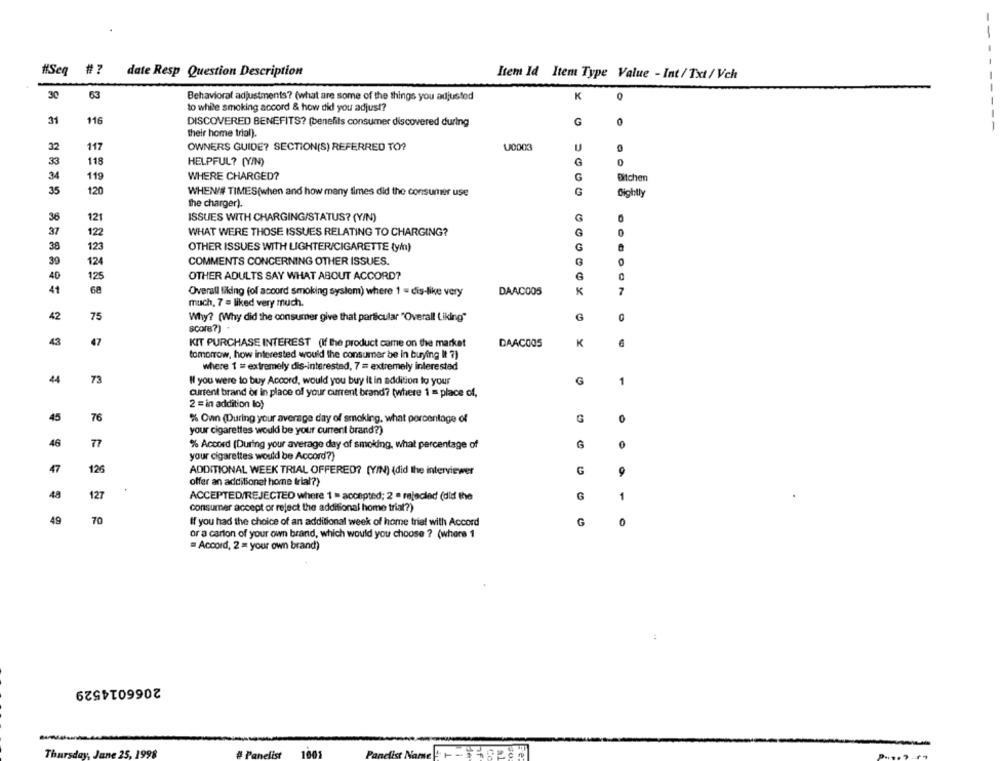
#Seg
#?
date Resp Question Description
Item Id Item Type Value - Int / Txt / Vch
30
63
Behavioral adjustments? (what are some of the things you adjustod
K
0
to while smoking accord & how did you adjust?
31
116
DISCOVERED BENEFITS? (benefits consumer discovered during
G
0
their home trial).
32
117
OWNERS GUIDE? SECTION(S) REFERRED TO?
U0003
G
33
118
HELPFUL? (Y/N)
WHERE CHARGED?
G
34
119
Exitchen
35
120
G
WHEN/# TIMES(when and how many times did the consumer use
Bightly
the charger).
36
121
ISSUES WITH CHARGING/STATUS? (Y/N)
G
37
122
WHAT WERE THOSE ISSUES RELATING TO CHARGING?
G
38
123
OTHER ISSUES WITH LIGHTER/CIGARETTE ty/)
G
39
124
COMMENTS CONCERNING OTHER ISSUES.
G
G
40
125
OTHER ADULTS SAY WHAT ABOUT ACCORD?
68
K
41
Overall liking (of acoord smoking system) where 1 - dis-like very
DAAC005
much, 7 = liked very much.
42
75
Why? (Why did the consumer give that particular "Overall Liking"
G
0
score?)
43
47
KIT PURCHASE INTEREST (If the product came on the market
K
DAAC005
tomorrow, how interested would the consumer be in buying It 7)
where 1 = extremely dis-interested, 7 = extremely interested
4
73
Il you were to buy Accord, would you buy it in addition to your
G
1
current brand or in place of your current brand? (where 1 = place of,
2 = in addition lo)
45
76
% Own (During your average day of smoking, what percentage of
0
your cigarettes would be your current brand?)
46
77
% Accord (During your average day of smoking, what percentage of
0
your cigarettes would be Accord?)
47
125
ADDITIONAL WEEK TRIAL OFFERED? (YIN) (did the interviewer
G
offer an additionet home trial?)
48
127
G
ACCEPTED/REJECTED where 1 = accepted; 2 . rejected (did the
1
consumer accept or reject the additional home trial?)
49
70
If you had the choice of an additional week of home trial with Accord
G
0
or a carton of your own brand, which would you choose ? (where 1
= Accord, 2 = your own brand)
2066014529
Thursday, June 25, 1998
# Panelist
Panciist NamnetHERE
1001